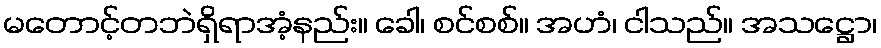
မတောင့်တဘဲရှိရာအံ့နည်း။ ခေါ၊ စင်စစ်။ အဟံ၊ ငါသည်။ အသဋ္ဌော၊